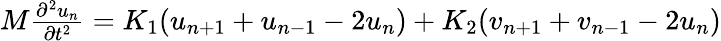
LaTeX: \begin{array}{r}{M\frac{\partial^{2}u_{n}}{\partial t^{2}}=K_{1}(u_{n+1}+u_{n-1}-2u_{n})+K_{2}(v_{n+1}+v_{n-1}-2u_{n})}\end{array}